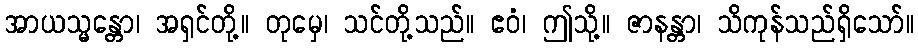
အာယသ္မန္တော၊ အရှင်တို့။ တုမှေ၊ သင်တို့သည်။ ဧဝံ၊ ဤသို့။ ဇာနန္တာ၊ သိကုန်သည်ရှိသော်။